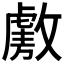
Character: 𫿑